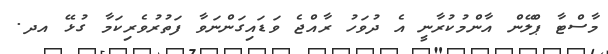
މާސްޓާ ޕްލޭން އާންމުކުރާނީ އެ ދުވަހު ރާއްޖެ ވަޑައިގަންނަވާ ފަތުރުވެރިކަމާ ގުޅޭ އދ.